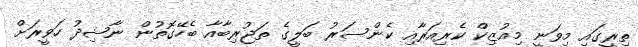
ތިރީގައި މިވަނީ މިއުޒިކް ކެރިއަރާއި ކެންސަރު ބަލީގެ ތަޖުރިބާއާ ބެހޭގޮތުން ނާޝިދު ހަވީރަށް